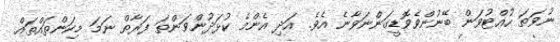
ނުވަތަ ހުއްޓުވަން ބޭނުންވެވޮޑީގަންނަވާނެ އެވެ. އަދި އެންމެ ކުޅަދުންވަންތަ ފަރާތް ނަމަ މިކަންތައްތައް